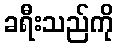
ခရီးသည်ကို